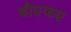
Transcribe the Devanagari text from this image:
बीएफए